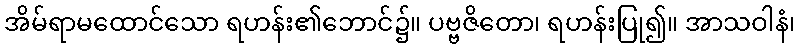
အိမ်ရာမထောင်သော ရဟန်း၏ဘောင်၌။ ပဗ္ဗဇိတော၊ ရဟန်းပြု၍။ အာသဝါနံ၊